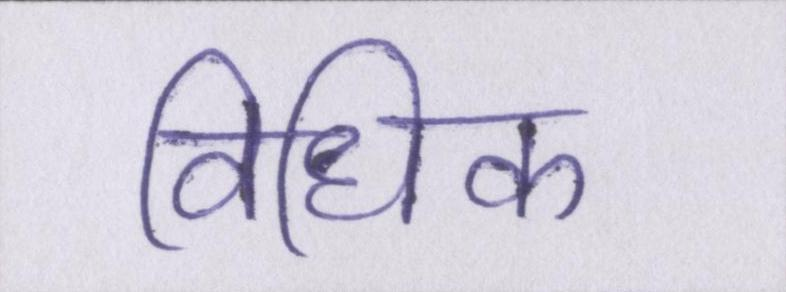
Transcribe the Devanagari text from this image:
विधिक